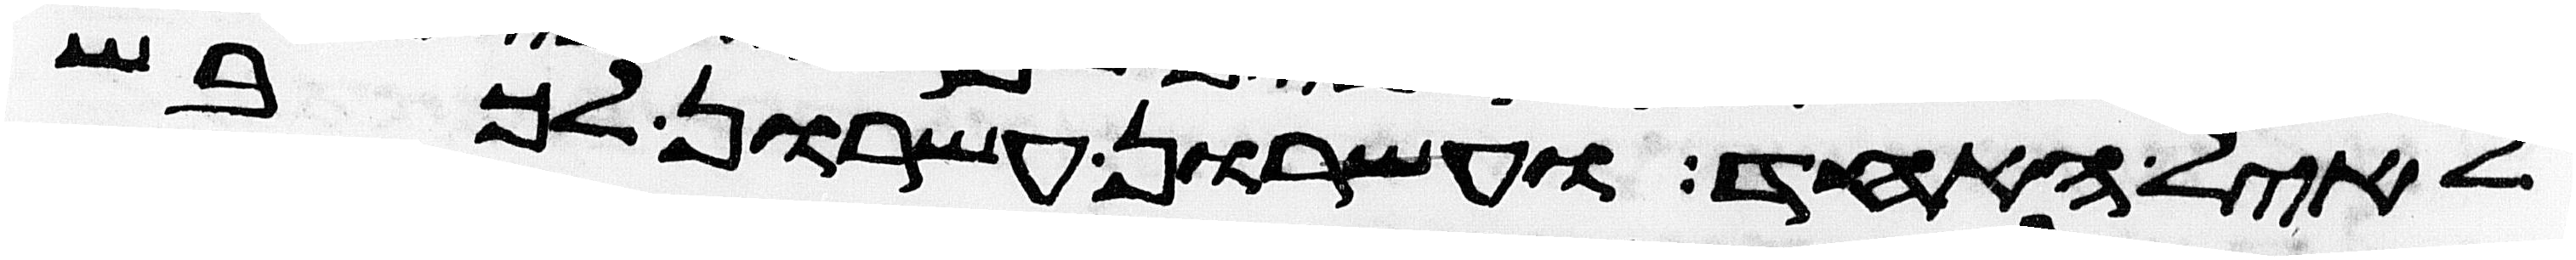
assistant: לאיל האחד ועשרון עשרון לכבש